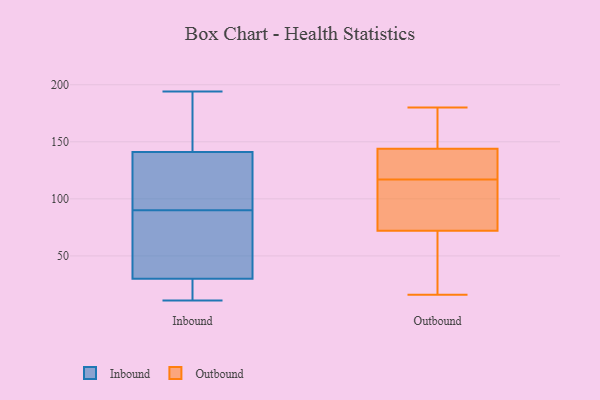
{"axis": {"x": "Conversion Rate (%)", "y": "Value"}, "legend": ["Inbound", "Outbound"], "data": [{"x": "", "y": 17, "type": "Inbound"}, {"x": "", "y": 120, "type": "Inbound"}, {"x": "", "y": 78, "type": "Inbound"}, {"x": "", "y": 101, "type": "Inbound"}, {"x": "", "y": 178, "type": "Inbound"}, {"x": "", "y": 114, "type": "Inbound"}, {"x": "", "y": 132, "type": "Inbound"}, {"x": "", "y": 30, "type": "Inbound"}, {"x": "", "y": 30, "type": "Inbound"}, {"x": "", "y": 150, "type": "Inbound"}, {"x": "", "y": 194, "type": "Inbound"}, {"x": "", "y": 14, "type": "Inbound"}, {"x": "", "y": 11, "type": "Inbound"}, {"x": "", "y": 79, "type": "Inbound"}, {"x": "", "y": 40, "type": "Inbound"}, {"x": "", "y": 168, "type": "Inbound"}, {"x": "", "y": 115, "type": "Outbound"}, {"x": "", "y": 16, "type": "Outbound"}, {"x": "", "y": 144, "type": "Outbound"}, {"x": "", "y": 72, "type": "Outbound"}, {"x": "", "y": 140, "type": "Outbound"}, {"x": "", "y": 63, "type": "Outbound"}, {"x": "", "y": 149, "type": "Outbound"}, {"x": "", "y": 119, "type": "Outbound"}, {"x": "", "y": 82, "type": "Outbound"}, {"x": "", "y": 180, "type": "Outbound"}]}